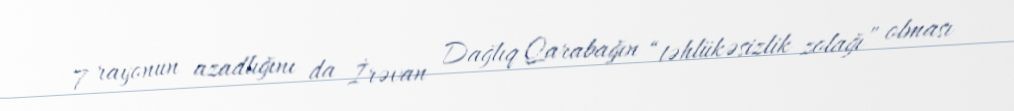
7 rayonun azadlığını da İrəvan Dağlıq Qarabağın “təhlükəsizlik zolağı” olması